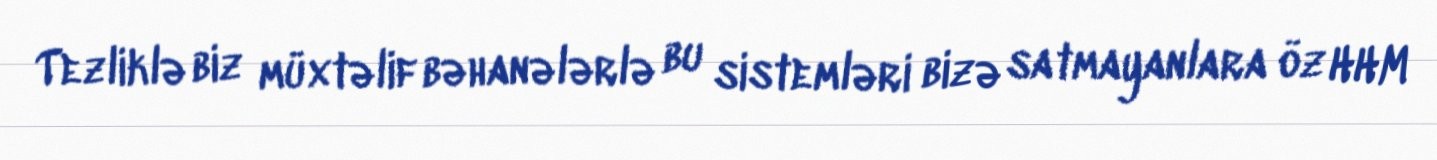
Tezliklə biz müxtəlif bəhanələrlə bu sistemləri bizə satmayanlara öz HHM